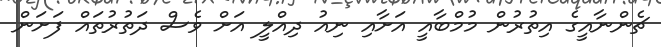
ޗެންނާއީގެ އިތުރުން މުމްބާއީ އަށާއި ނިއު ދިއްލީ އަށް ވެސް ދަތުރުތައް ފަށަން